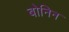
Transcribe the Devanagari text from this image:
बोनिन